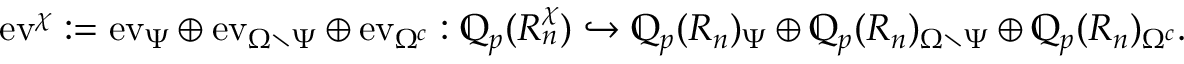
\mathrm { e v } ^ { \chi } : = \mathrm { e v } _ { \Psi } \oplus \mathrm { e v } _ { \Omega \setminus \Psi } \oplus \mathrm { e v } _ { \Omega ^ { c } } : \mathbb Q _ { p } ( R _ { n } ^ { \chi } ) \hookrightarrow \mathbb Q _ { p } ( R _ { n } ) _ { \Psi } \oplus \mathbb Q _ { p } ( R _ { n } ) _ { \Omega \setminus \Psi } \oplus \mathbb Q _ { p } ( R _ { n } ) _ { \Omega ^ { c } } .